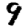
Digit: 9